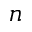
n